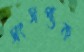
সংসপ্তক